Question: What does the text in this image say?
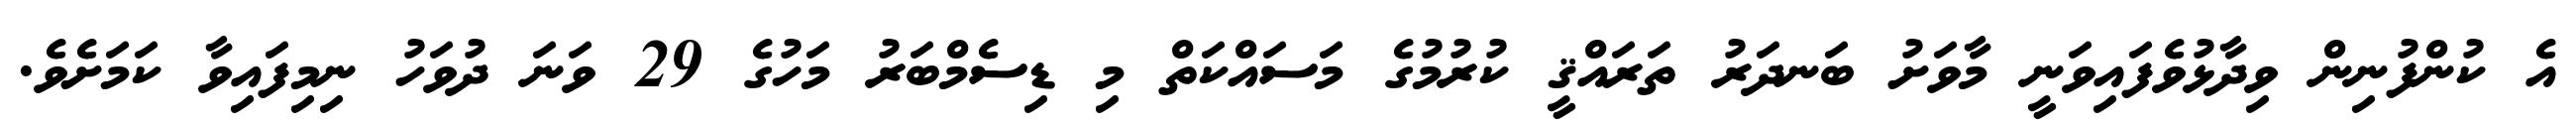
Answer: އެ ކުންފުނިން ވިދާޅުވެފައިވަނީ މާވަށު ބަނދަރު ތަރައްޤީ ކުރުމުގެ މަސައްކަތް މި ޑިސެމްބަރު މަހުގެ 29 ވަނަ ދުވަހު ނިމިފައިވާ ކަމަށެވެ.